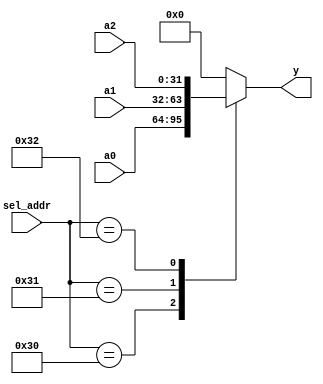
module io_input_mux(a0,a1,a2,sel_addr,y);
	input [31:0] a0,a1,a2;
	input [5:0] sel_addr;
	
	output [31:0] y;
	
	reg [31:0] y;
	
	always @ *
	begin
		case (sel_addr)
			6'b110000: y = a0; //c0h
			6'b110001: y = a1; //c4h
			6'b110010: y = a2; //c8h
			default: y = 0;
		endcase
	end
endmodule